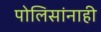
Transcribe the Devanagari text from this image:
पोलिसांनाही